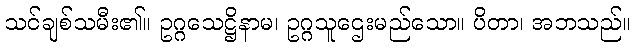
သင်ချစ်သမီး၏။ ဥဂ္ဂသေဋ္ဌိနာမ၊ ဥဂ္ဂသူဌေးမည်သော။ ပိတာ၊ အဘသည်။